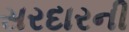
સરદારની